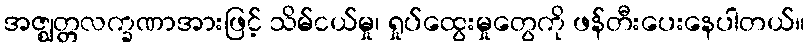
အဇ္ဈတ္တလက္ခဏာအားဖြင့် သိမ်ငယ်မှု၊ ရှုပ်ထွေးမှုတွေကို ဖန်တီးပေးနေပါတယ်။